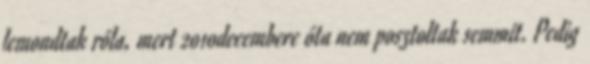
lemondtak róla, mert 2010decembere óta nem posztoltak semmit. Pedig